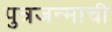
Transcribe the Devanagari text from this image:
पुत्रजन्माची